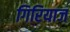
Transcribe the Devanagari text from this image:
गिरियाज